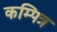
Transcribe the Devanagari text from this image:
कम्पित्र